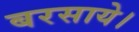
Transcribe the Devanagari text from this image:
बरसाये।